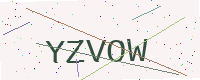
Text: YZVOW